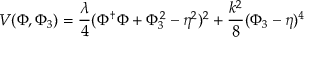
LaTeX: V ( \Phi , \Phi _ { 3 } ) = { \frac { \lambda } { 4 } } ( \Phi ^ { \dagger } \Phi + \Phi _ { 3 } ^ { 2 } - \eta ^ { 2 } ) ^ { 2 } + { \frac { k ^ { 2 } } { 8 } } ( \Phi _ { 3 } - \eta ) ^ { 4 }